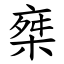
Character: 椉